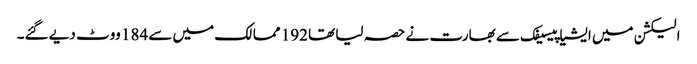
الیکشن میں ایشیا پیسیفک سے بھارت نے حصہ لیا تھا 192 ممالک میں سے 184 ووٹ دیے گئے۔